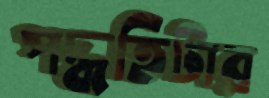
পদ্ধতিটার